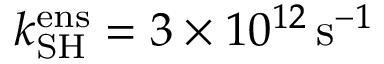
k _ { \mathrm { S H } } ^ { \mathrm { e n s } } = 3 \times 1 0 ^ { 1 2 } \, \mathrm { s } ^ { - 1 }